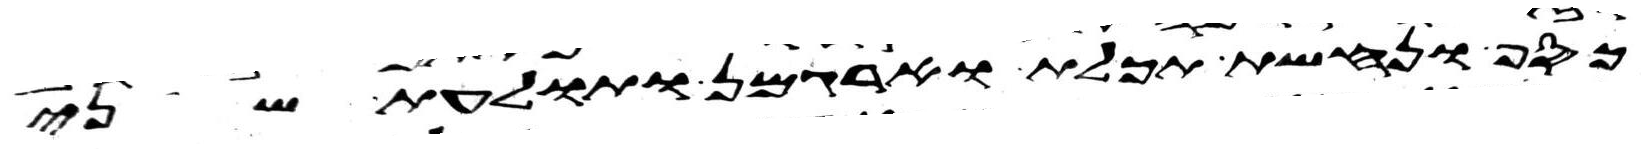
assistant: כסף ונחשת תכלת וארגמן ותולעת שני